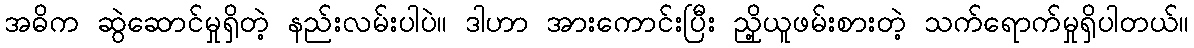
အဓိက ဆွဲဆောင်မှုရှိတဲ့ နည်းလမ်းပါပဲ။ ဒါဟာ အားကောင်းပြီး ညှို့ယူဖမ်းစားတဲ့ သက်ရောက်မှုရှိပါတယ်။